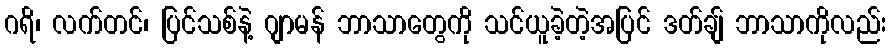
ဂရိ၊ လက်တင်၊ ပြင်သစ်နဲ့ ဂျာမန် ဘာသာတွေကို သင်ယူခဲ့တဲ့အပြင် ဒတ်ချ် ဘာသာကိုလည်း